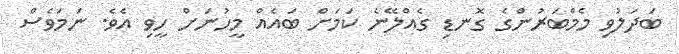
ބަދަލުވި މެމްބަރުންގެ ގޮނޑި ގެއްލޭނެ ކަމަށް ބައެއް މީހުނަށް ހީވި އެވެ. ނަމަވެސް